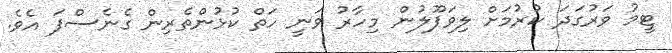
ޓީމު ވަރުގަދަ ކުރުމަށް ލިވަޕޫލުން މިހާރު ވަނީ ހަތް ކުޅުންތެރިން ގެނެސްފަ އެވެ.